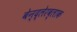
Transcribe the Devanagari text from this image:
बेन्द्लेरब्लाक